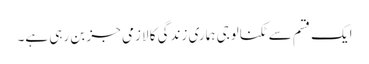
ایک قسم سے ٹکنالوجی ہماری زندگی کا لازمی جز بن رہی ہے۔